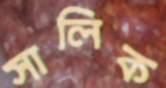
সালিক